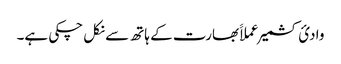
وادیٔ کشمیر عملاََ بھارت کے ہاتھ سے نکل چکی ہے۔